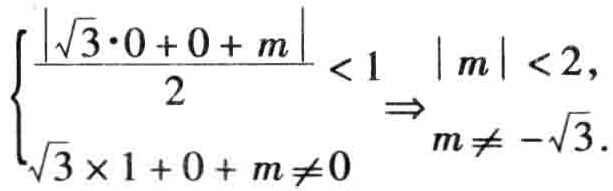
$\left\{\begin{array}{l}
\frac{|\sqrt{3} \cdot 0+0+m|}{2}<1 \\
\sqrt{3} \times 1+0+m \neq 0
\end{array} \Rightarrow\right. \begin{cases}|m|<2, \\
m \neq-\sqrt{3} .\end{cases}$